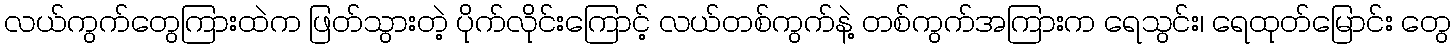
လယ်ကွက်တွေကြားထဲက ဖြတ်သွားတဲ့ ပိုက်လိုင်းကြောင့် လယ်တစ်ကွက်နဲ့ တစ်ကွက်အကြားက ရေသွင်း၊ ရေထုတ်မြောင်း တွေ